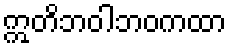
ဣတိဘဝါဘဝကထာ